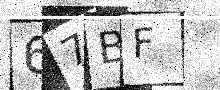
Text: 67BF